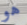
هو